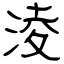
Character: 淩